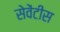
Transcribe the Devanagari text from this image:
सेवेंटीस